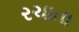
રચાતા